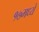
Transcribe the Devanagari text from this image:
१७मध्ये